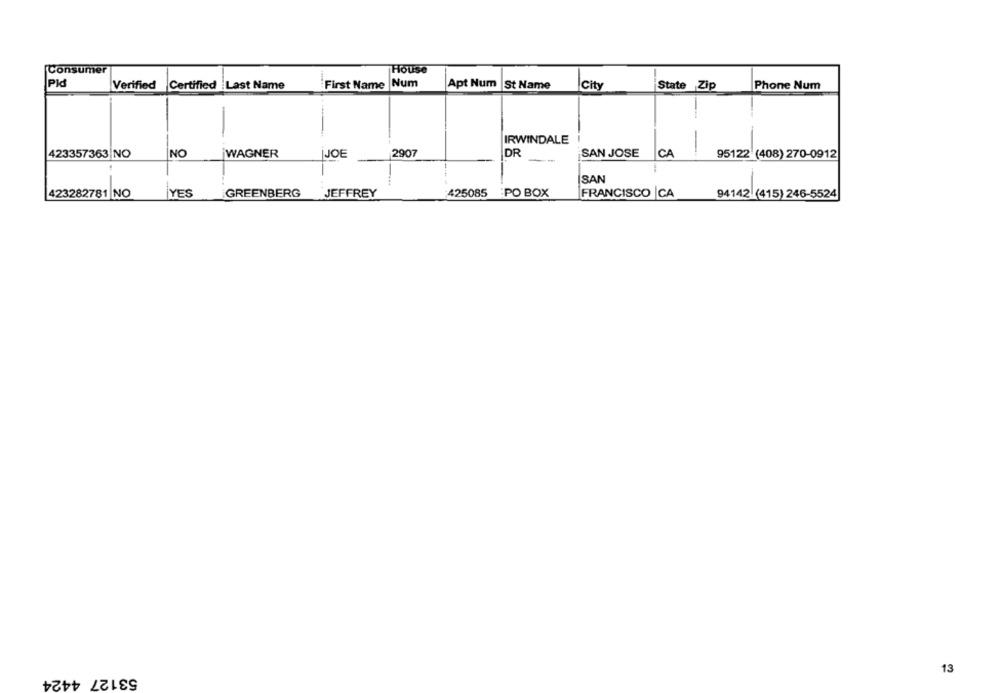
Consumer
House
Pid
Num
Verified Certified Last Name
First Name
Apt Num
St Name
City
State Zip
Phone Num
IRWINDALE
2907
DR
423357363 |NO
NO
WAGNER
JOE
--
SAN JOSE
CA
95122 (408) 270-0912
SAN
423282781 NO
YES
GREENBERG
JEFFREY
425085
PO BOX
FRANCISCO CA
94142 (415) 246-5524
53127 4424
13